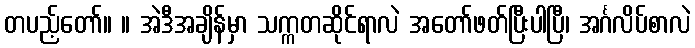
တပည့်တော်။ ။ အဲဒီအချိန်မှာ သက္ကတဆိုင်ရာလဲ အတော်ဖတ်ပြီးပါပြီ၊ အင်္ဂလိပ်စာလဲ